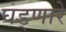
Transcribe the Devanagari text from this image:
घड्णारे